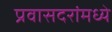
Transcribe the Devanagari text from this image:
प्रवासदरांमध्ये